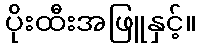
ပိုးထီးအဖြူနှင့်။